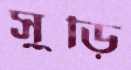
সুড়ি